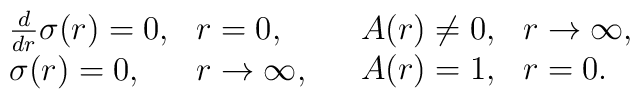
\begin{array}{ll}\begin{array}{ll}\frac{d}{d r}\sigma(r) = 0, &r=0, \\\sigma(r) = 0, & r \rightarrow \infty, \end{array} &\begin{array}{ll}A(r) \neq 0, & r \rightarrow\infty, \\A(r) = 1, & r = 0.\end{array}\end{array}